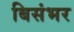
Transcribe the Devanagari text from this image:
बिसंभर